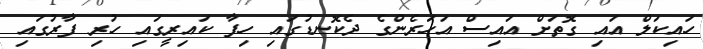
ހައިކަލް އައި ގޮތަށް އައިސް އަހަރެންގެ ދެކޮނޑުގައި ހިފާ ކައިރީގައި ހުރި ފާރުގައި